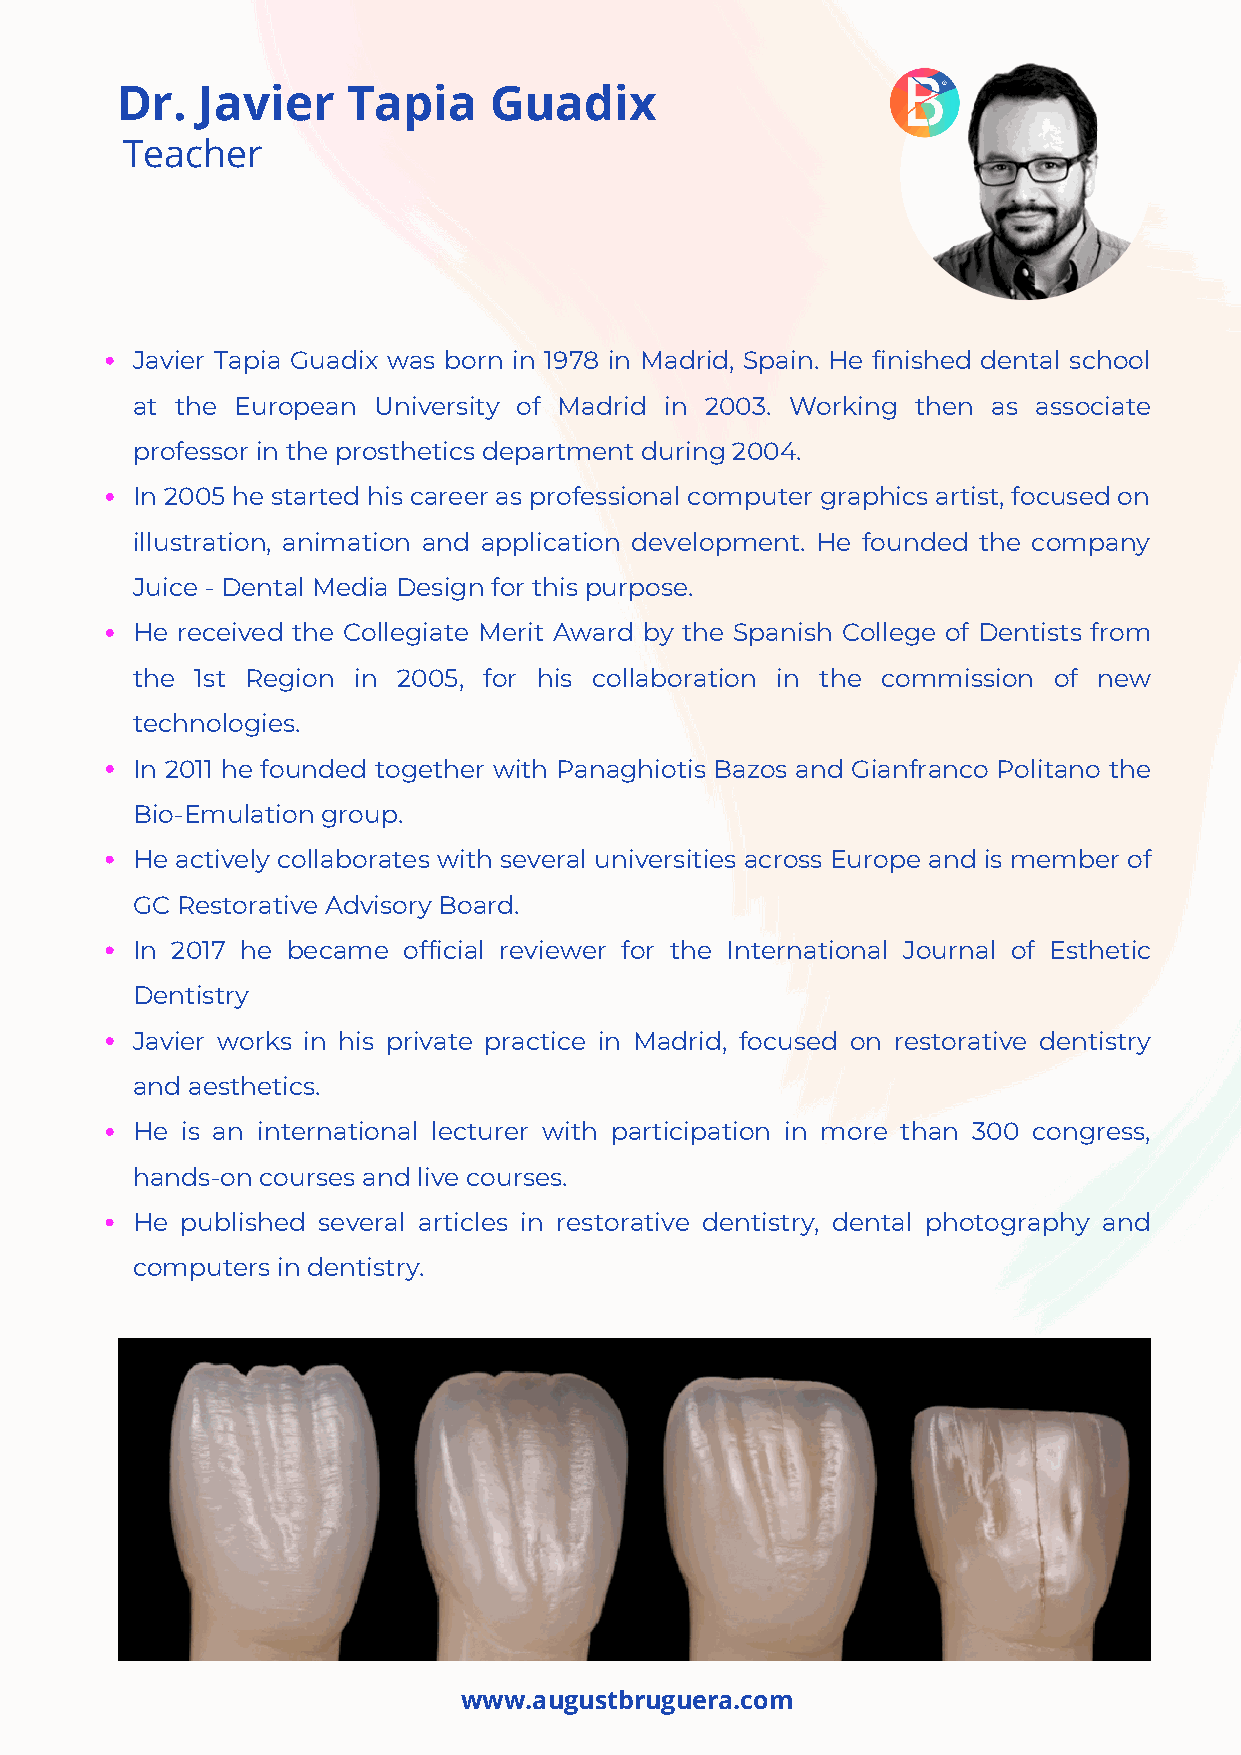
Dr.  Javier    Tapia    Guadix
 Teacher
 Javier Tapia Guadix was born in 1978 in Madrid, Spain. He finished dental school
 at the European University of Madrid in 2003. Working then as associate
 professor in the prosthetics department during 2004.
 In 2005 he started his career as professional computer graphics artist, focused on
 illustration, animation and application development. He founded the company
 Juice - Dental Media Design for this purpose.
 He received the Collegiate Merit Award by the Spanish College of Dentists from
 the 1st Region in 2005, for his collaboration in the commission of new
 technologies.
 In 2011 he founded together with Panaghiotis Bazos and Gianfranco Politano the
 Bio-Emulation group.
 He actively collaborates with several universities across Europe and is member of
 GC Restorative Advisory Board.
 In 2017 he became official reviewer for the International Journal of Esthetic
 Dentistry
 Javier works in his private practice in Madrid, focused on restorative dentistry
 and aesthetics.
 He is an international lecturer with participation in more than 300 congress,
 hands-on courses and live courses.
 He published several articles in restorative dentistry, dental photography and
 computers in dentistry.
 www.augustbruguera.com